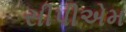
સીપીએમ